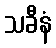
သခီနံ